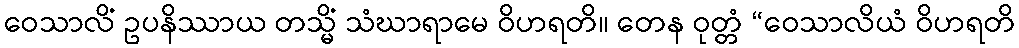
ဝေသာလိံ ဥပနိဿာယ တသ္မိံ သံဃာရာမေ ဝိဟရတိ။ တေန ဝုတ္တံ “ဝေသာလိယံ ဝိဟရတိ